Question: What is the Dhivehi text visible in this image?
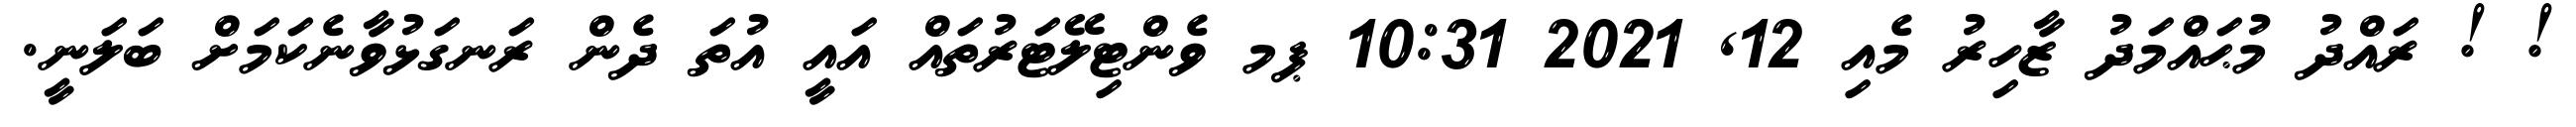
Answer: ! ! ރައްދު މުޙައްމަދު ޒާހިރު މެއި 12, 2021 10:31 ޕމ ވެންޓިލޭޓަރުތައް އައީ އުތަ ދެން ރަނގަޅުވާނެކަމަށް ބަލަނީ.